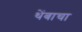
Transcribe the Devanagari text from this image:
थेंबाचा